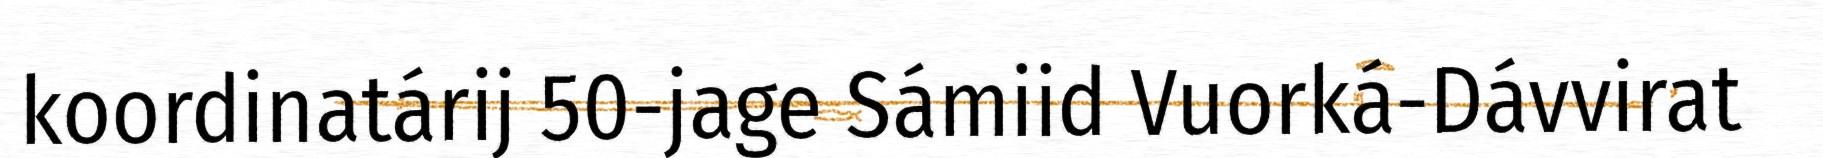
koordinatárij 50-jage Sámiid Vuorká-Dávvirat